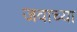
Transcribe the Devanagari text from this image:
जवाच्या